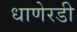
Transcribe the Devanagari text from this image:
धाणेरडी